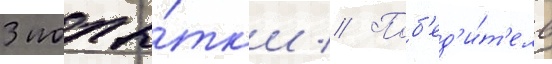
3 попы́тк'и // Поб'ед'и́т'ель